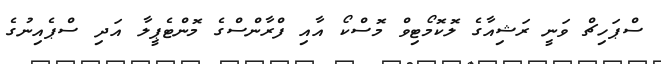
ސްޕަހިޗް ވަނީ ރަޝިއާގެ ލޮކޮމޯޓިވް މޮސްކޯ އާއި ފްރާންސްގެ މޮންޓެޕީލާ އަދި ސްޕެއިނުގެ